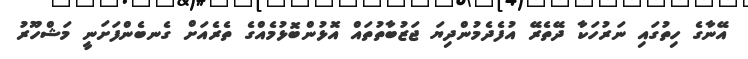
އޭނާގެ ހިތުގައި ނަރުހަކާ ދޭތެރޭ އުފެދެމުންދިޔަ ޖަޒުބާތުތައް އޮޅުންބޮޅުމެއްގެ ތެރެއަށް ގެނބެންފަށަނީ މަޝްހޫރު